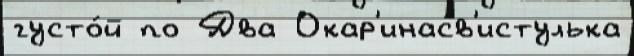
густо́й по Два Окар'инасв'истулька